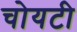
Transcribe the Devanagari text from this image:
चोयटी